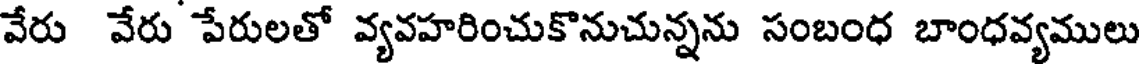
వేరు వేరు పేరులతో వ్యవహరించుకొనుచున్నను సంబంధ బాంధవ్యములు